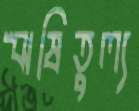
ঋষিতুল্য